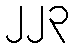
၂၂၃